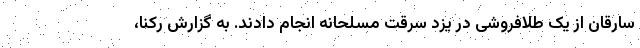
سارقان از یک طلافروشی در یزد سرقت مسلحانه انجام دادند. به گزارش رکنا،